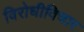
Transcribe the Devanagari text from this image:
विरोधीविचार